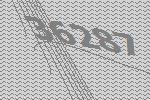
36287